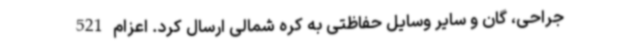
جراحی، گان و سایر وسایل حفاظتی به کره شمالی ارسال کرد. اعزام 521